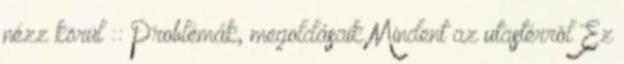
nézz körül :: Problémák, megoldásaik Mindent az utastérrõl Ez